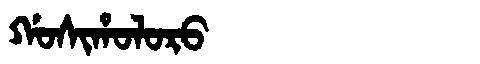
Manchu: ᡤᠣᠰᡳᡥᠣᠯᠣᡵᠣ
Romanization: GOSIHOLORO